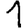
Digit: 1